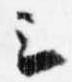
云